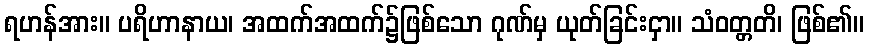
ရဟန်အား။ ပရိဟာနာယ၊ အထက်အထက်၌ဖြစ်သော ဂုဏ်မှ ယုတ်ခြင်းငှာ။ သံဝတ္တတိ၊ ဖြစ်၏။